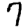
Digit: 7